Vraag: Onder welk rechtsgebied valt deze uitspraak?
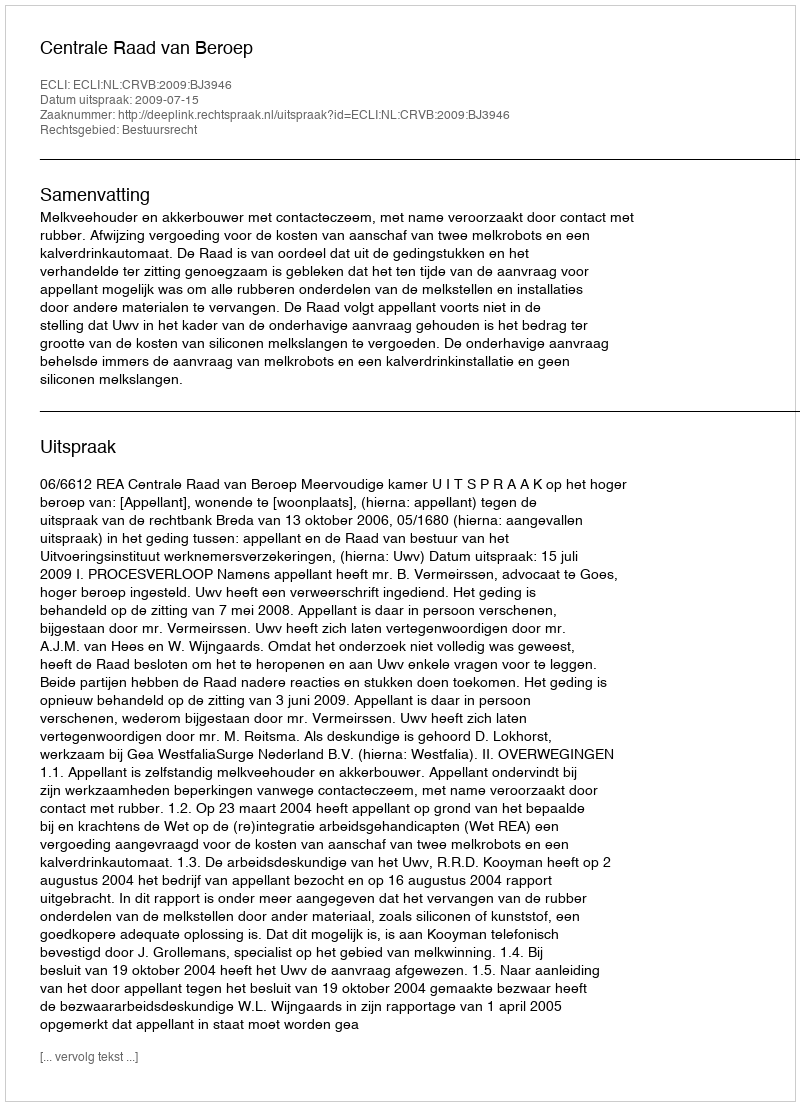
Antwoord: Bestuursrecht